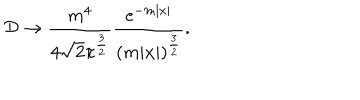
LaTeX: { \cal D } \to \frac { m ^ { 4 } } { 4 \sqrt { 2 } \pi ^ { \frac 3 2 } } \frac { \mathrm { e } ^ { - m | x | } } { ( m | x | ) ^ { \frac 3 2 } } .